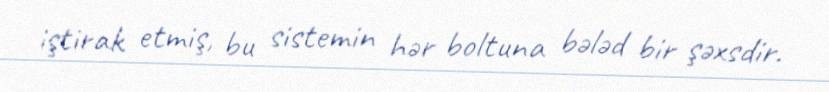
iştirak etmiş, bu sistemin hər boltuna bələd bir şəxsdir.